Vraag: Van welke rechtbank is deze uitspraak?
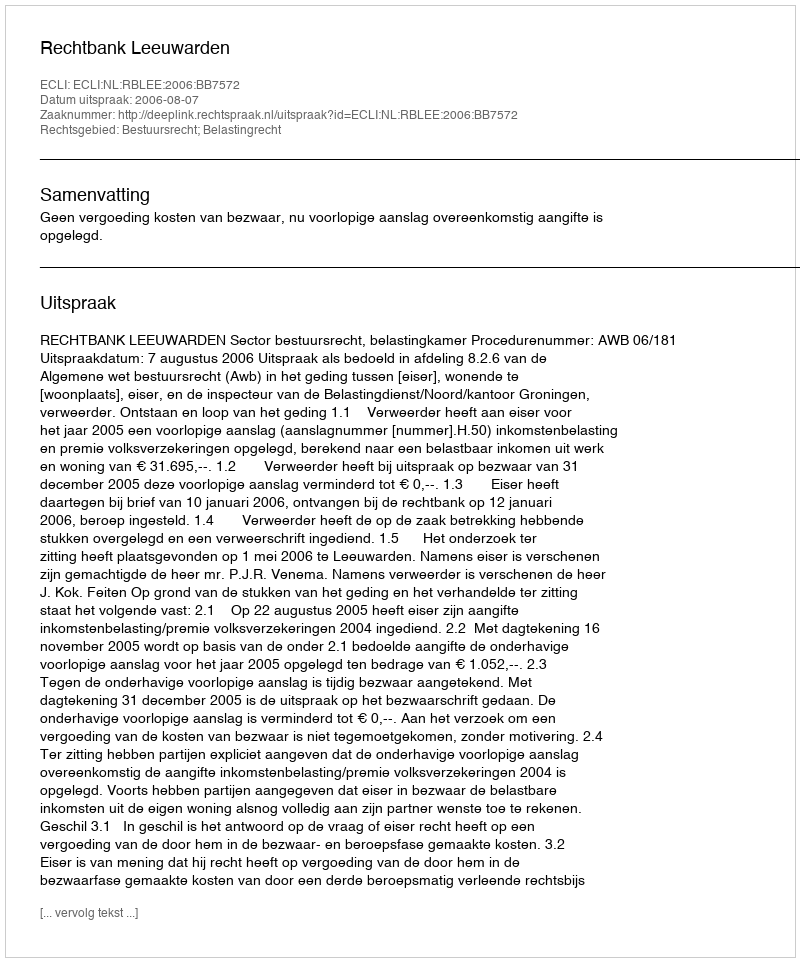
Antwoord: Rechtbank Leeuwarden